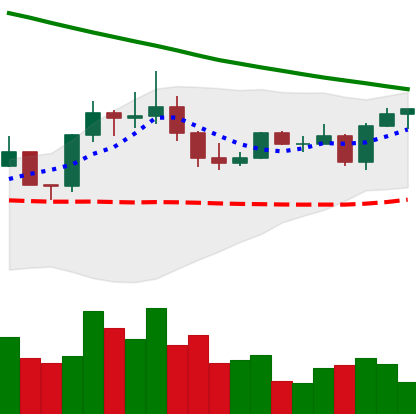
Ticker: EOS-USD
Chart end date: 2022-08-12
Forward return: 11.197%
Label: up_7plus